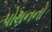
પોથનનો